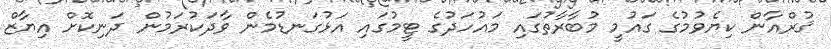
ޤުރްއާން ކިޔެވުމުގެ ގައުމީ މުބާރާތުގައި މައުހަދުގެ ޓީމުގައި އަޅުގަނޑުމެން ވާދަކުރަމުން ދަނިކޮށް އިޔާޒް